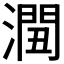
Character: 𰝏